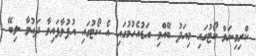
ކްރިމިނަލް ކޯޓުގައި މިއަދު ބޭއްވި އަޑުއެހުމުގައި އެ ކޯޓުގައި އުފުލާފައިވާ ދައުވާ ލިބޭ